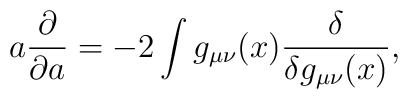
a {\partial\over \partial a}=-2\int g_{\mu\nu}(x){\delta\over \delta g_{\mu\nu}(x)},